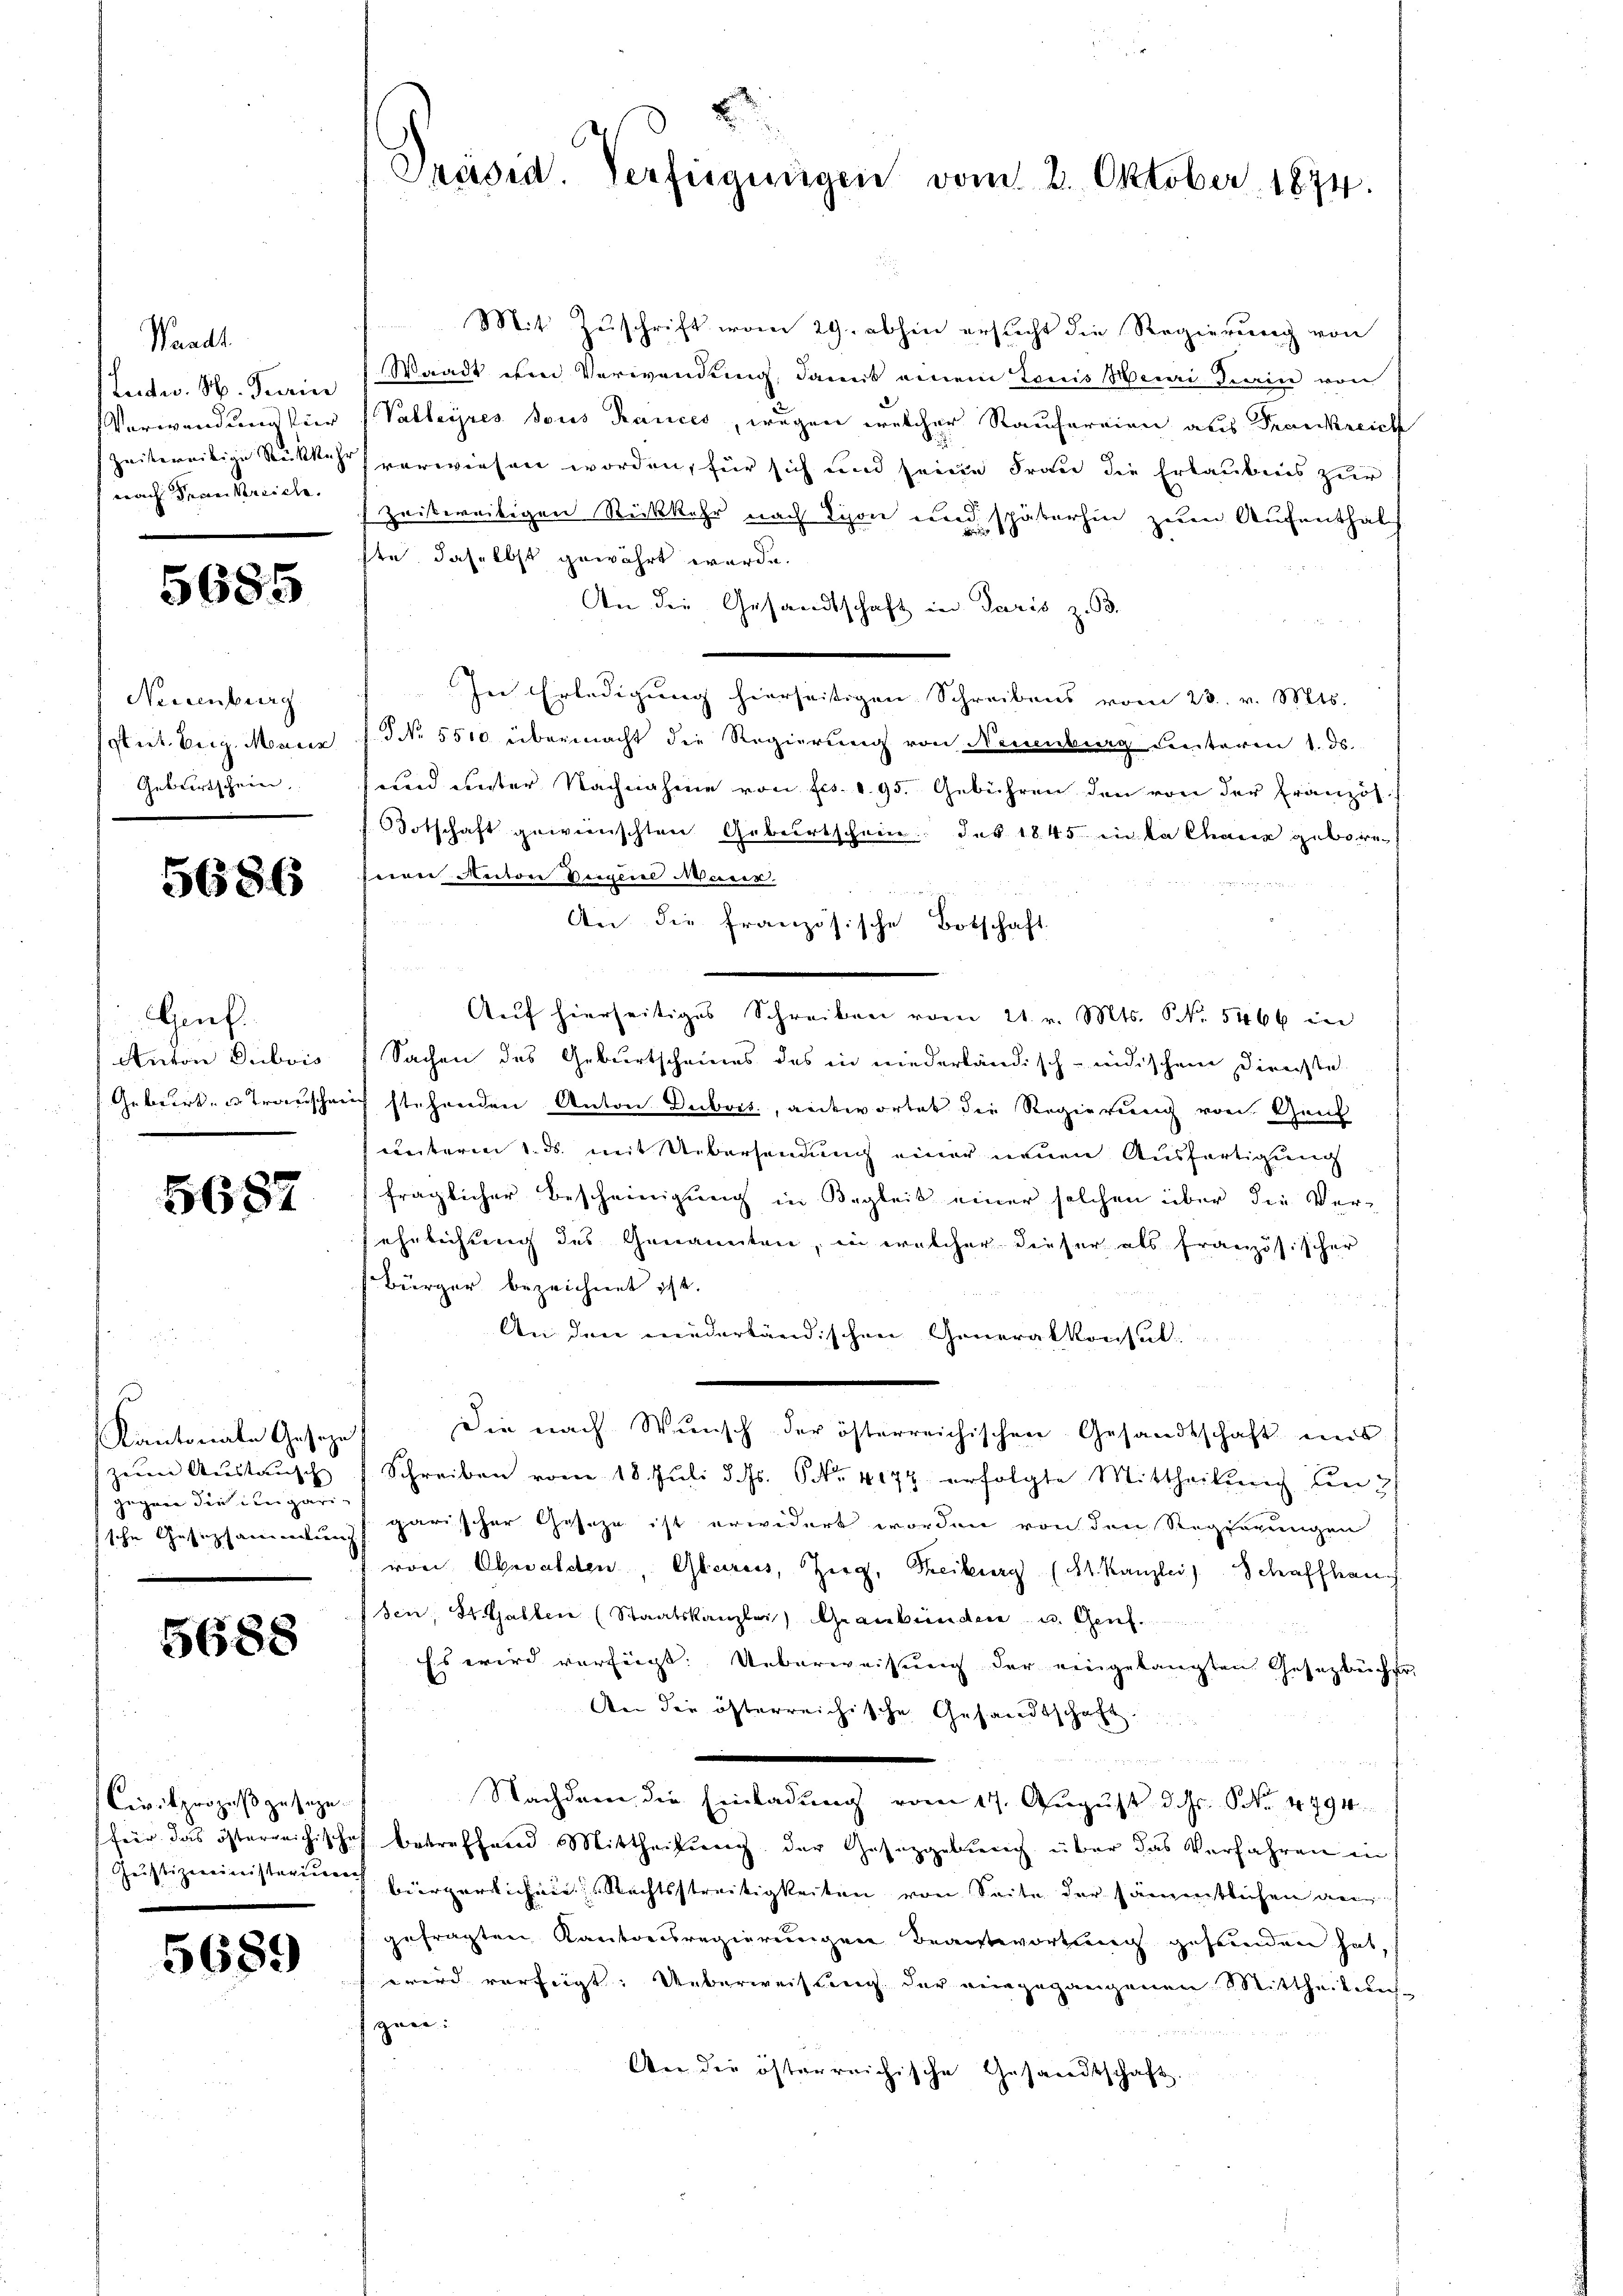
Waadt
Ludw. N. Turin
Verwendung für
fzeitereitige Rückkehr
nach denen Vereiche.

5685

Neuenburg
Stit. Eing. Monier
Geburtschein

5686

Genf.
Anton Dubois
Geburt u. Transchei

5687

Kantonale Geseze
zweene Anstausch |
gegen die Eingarische Gesezsammlung

5688

Civilprozeß zusage.
für das österreichische

5689

2
Präsid. Verfügungen vom 2. Oktober 1874.

Mit Zuschrift vom 29. abhin ersucht die Regierung von
Waadt im Verwendung, damit einem Tonis Huai Kiain von
Valleyres sous Rances, wegen welcher Rauferrien aus Frankreich
verwiesen worden, für sich und seine Frau die Erlaubnis zur
zeitweitigen Rückkehr nach Tison und späterhin zum Aufenthalf
ste, daselbst gewährt werde.
An die Gesandtschaft in Paris z. B.
In Erledigung hierseitigen Schreibens vom 23. v. Mts.
NNo. 5510 übermacht die Regierung von Neuenburg unteren 1. ds.
und unter Nachnahme von Frs. 1. 95. Gebühren den von der Französ
Botschaft gewünschten Geburtschein des 1845 in la Charin gebore
eon Autore Steigel Musik-
An die Französische Botschaft
Auf hierseitiges Schreiben vom 21. v. Mts. NNo. 5466 in
Sachen des Geburtscheines des in niederländisch-indischen Directe
ich stehenden Anton Dubois, antwortet die Regierung von Genf
unterm 1. ds. mit Uebersendung einer neuen Ausfertigung
fraglicher Bescheinigung in Begleit einer solchen über die Ver-
ehelichung des Genannten, in welcher dieser als französischer
Bürger bezeichnet ist.
An den niederländischen Generalkonsul
Die nach Wunsch der österreichischen Gesandtschaft uns
Schreiben vom 18. Juli d. Js. Nr. 4072 erfolgte Mittheilung den 2
garischer Geseze ist erwidert worden von den Regierungen
von Obwalden, Glarus, Zerg, Treiburg (St. Kanzlei Schaffhau
sen, St. Gallen (Staatskanzlei Graubünden u. Genf.
Es wird verfügt. Ueberweisung der eingelangten Gesetzbücher
An die österreichische Gesandtschaft.

Nachdem die Einladung vom 17. August d. Js. Nr. 1791.
betreffend Mittheilung der Gesetzgebung über das Verfahren in
Justizministerium bürgerlichen Rechtsstreitigkeiten von Seite der sämentlichen ge
gefragten Kantonsregierungen Beantwortung gefunden hat,
wird verfügt: Ueberweisung der eingegangenen Mittheilung
zwei
An die österreichische Gesandtschaft.